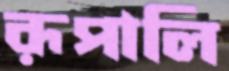
রূপালি